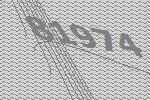
81974